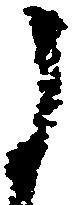
よ